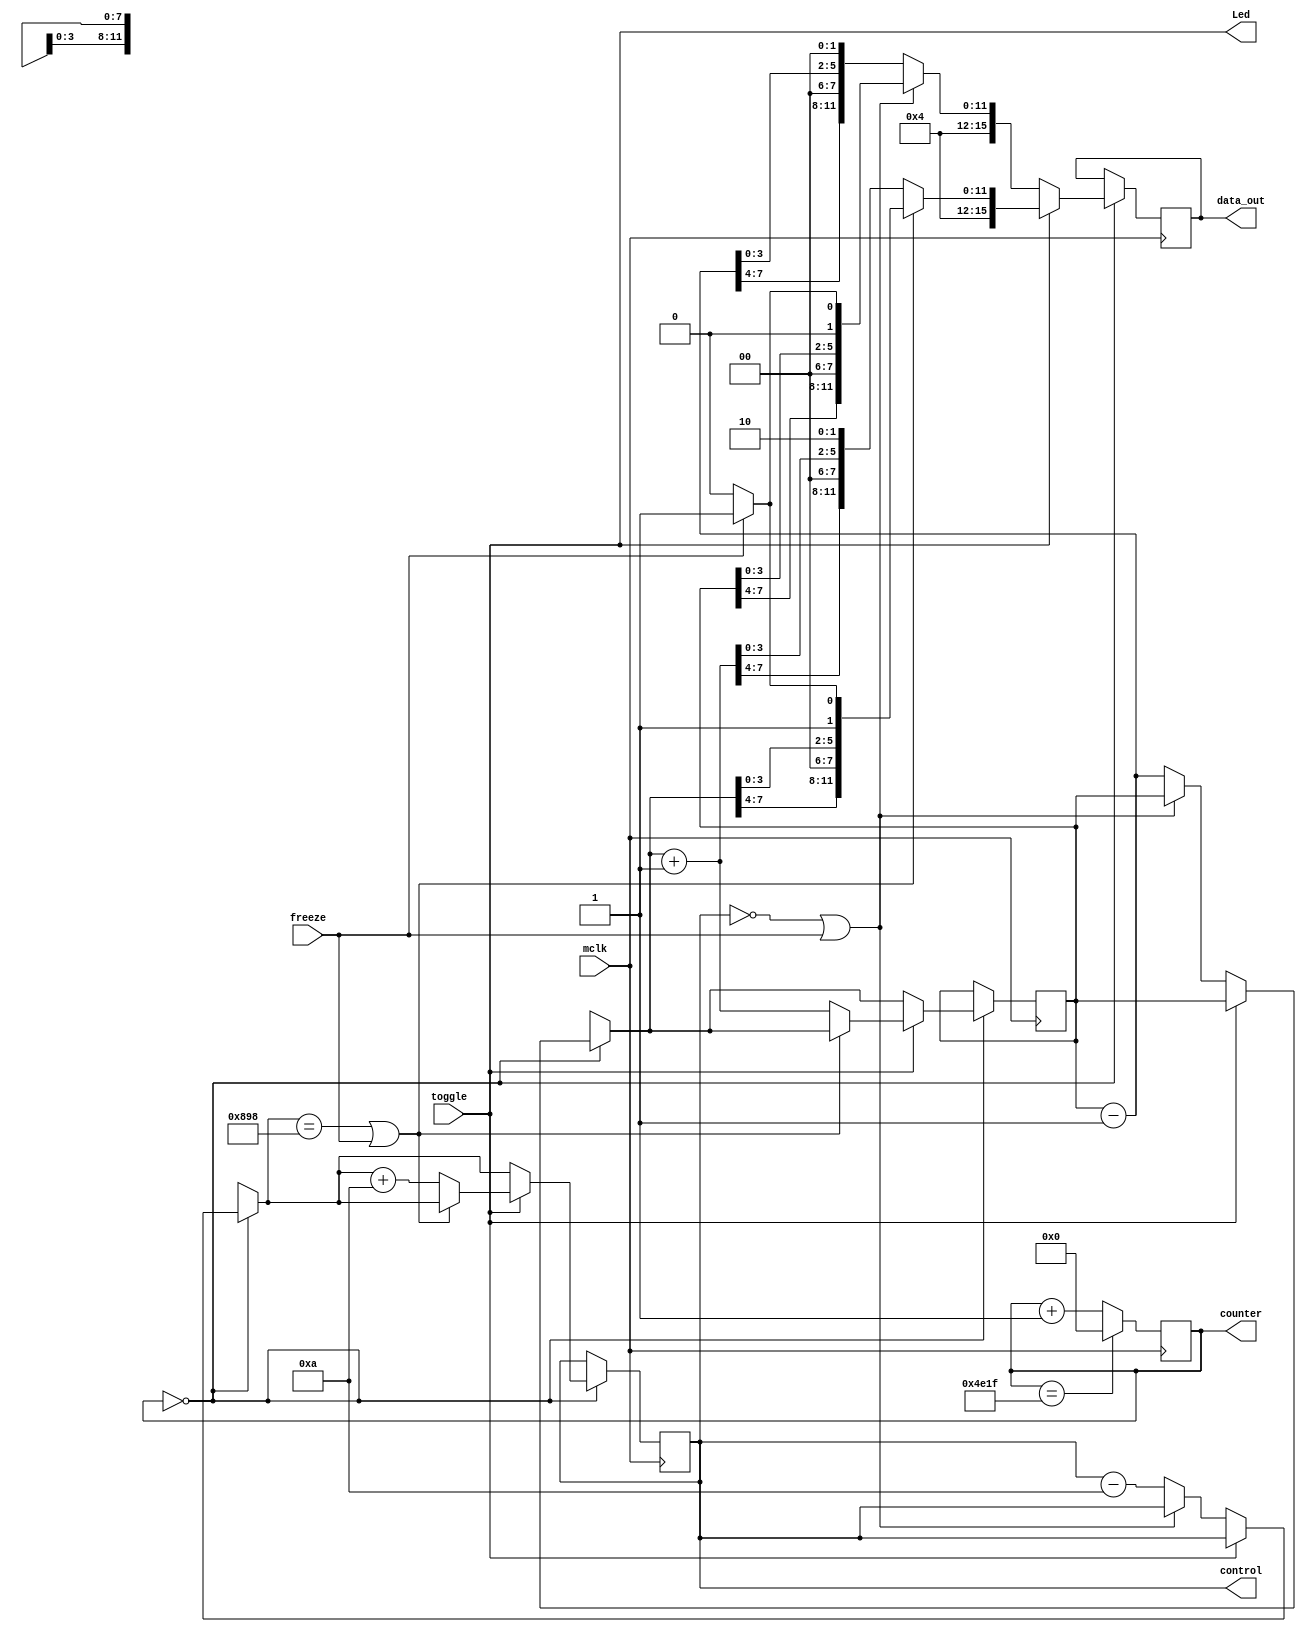
module motor1(
    input mclk,
    input toggle,  //Use this as the control input
	 input freeze,  //Use this as the freeze input
	 output [0:0] Led,
	 output reg [15:0] data_out,
	 output reg [11:0] control =	0,
	 output reg [14:0] counter
    );

//50 MHz clock onBoard
//1 MHz input clock 
//20 ms counter.
//		1/1,000,000  Hz 			= 1000  ns (every posedge)
//		(20,000,000 ns)/(1,000 ns) = 20,000
//
//    (15 bits) (2^(15)-1) 	= 32,767 (from 0 to 32,767)
//				Therefore, counter needs 15 bits [14:0]
//				Count up to 19,999 (0 included)

//Assumed Max (180 deg) 2 ms 			= 100,000*1000 ns (2,000 clks)
//Assumed Min (0   deg) 1 ms 			=  50,000*1000 ns ( 1,000 clks)
//Positions  2,000 - 1,000 		= 1,000
//Resolution (180 degrees)/1,000 	= 0.18 degrees

//essential registers
reg [7:0] data_reg	=	0; //255

////////////////////////////////////////////////////////////
//Test Control registers ///////////////////////////////////
////////////////////////////////////////////////////////////
//reg [11:0] control	=	0; //4095 there is wiggle room but you should be careful to not overcontrol
////////////////////////////////////////////////////////////
////////////////////////////////////////////////////////////


always @(posedge mclk)
begin

//Servo algorithm
	counter <= counter + 1;
	if(counter == 'd19999)
			counter <= 0;

////////////////////////////////////////////////////////////
//control algorithm////////////////////////////////////
////////////////////////////////////////////////////////////



	if(counter == 0)
		begin
			if(toggle == 0)
					if(control == 0 || freeze == 1) 
						begin
							control = control;
							data_reg = data_reg;
							if(freeze == 0)
								data_out = {2'b01, 2'b00, data_reg[7:4], 2'b00, data_reg[3:0], 1'b0, 1'b0};
							else
								data_out = {2'b01, 2'b00, data_reg[7:4], 2'b00, data_reg[3:0], 1'b0, 1'b1};
						end
					else
						begin
							control = control - 10;
							data_reg = data_reg - 1;
							data_out = {2'b01, 2'b00, data_reg[7:4], 2'b00, data_reg[3:0], 1'b0, 1'b0};
						end
			if(toggle == 1)
					if(control == 'd2200 || freeze == 1) 
						begin
							control = control;
							data_reg = data_reg;
							if(freeze == 0)
								data_out = {2'b01, 2'b00, data_reg[7:4], 2'b00, data_reg[3:0], 1'b1, 1'b0};
							else
								data_out = {2'b01, 2'b00, data_reg[7:4], 2'b00, data_reg[3:0], 1'b1, 1'b1};
						end
					else
						begin
							control = control + 10;
							data_reg = data_reg + 1;
							data_out = {2'b01, 2'b00, data_reg[7:4], 2'b00, data_reg[3:0], 1'b1, 1'b0};
						end
		end
////////////////////////////////////////////////////////////
////////////////////////////////////////////////////////////

end

assign Led[0]	= toggle;
//assign control	= control;

endmodule